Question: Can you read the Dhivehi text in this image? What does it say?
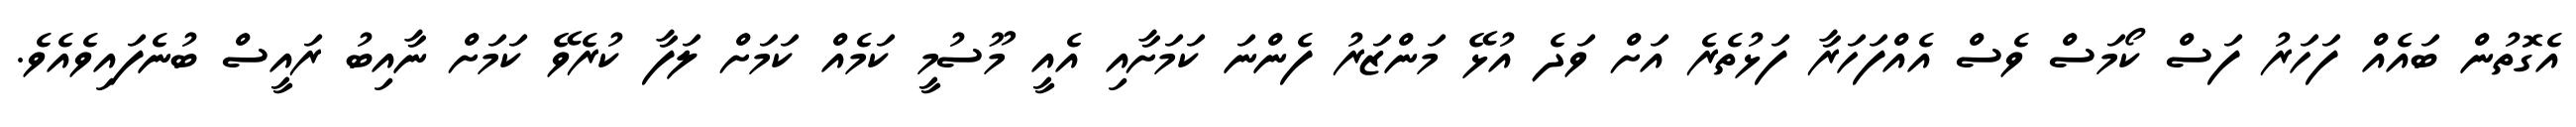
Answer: އެގޮތުން ބައެއް ފަހަރު ފަސް ކޯމަސް ވެސް އެއްފަހަރާ ފަޅުތެރެ އަށް ވަދެ އުޅޭ މަންޒަރު ފެންނަ ކަމަށާއި އެއީ މޫސުމީ ކަމެއް ކަމަށް ލަފާ ކުރެވޭ ކަމަށް ނާއިބު ރައީސް ބުނެފައިވެއެވެ.